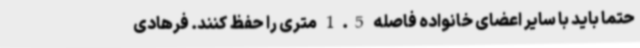
حتما باید با سایر اعضای خانواده فاصله 1.5 متری را حفظ کنند. فرهادی